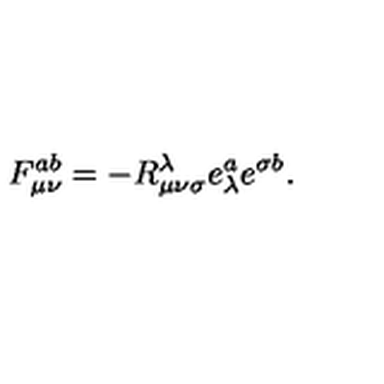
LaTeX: F _ { \mu \nu } ^ { a b } = - R _ { \mu \nu \sigma } ^ { \lambda } e _ { \lambda } ^ { a } e ^ { \sigma b } .